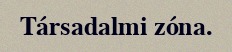
Társadalmi zóna.